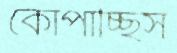
কোপাচ্ছিস